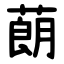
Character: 蓢